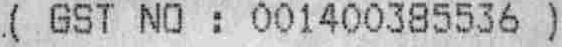
( GST NO : 001400385536 )